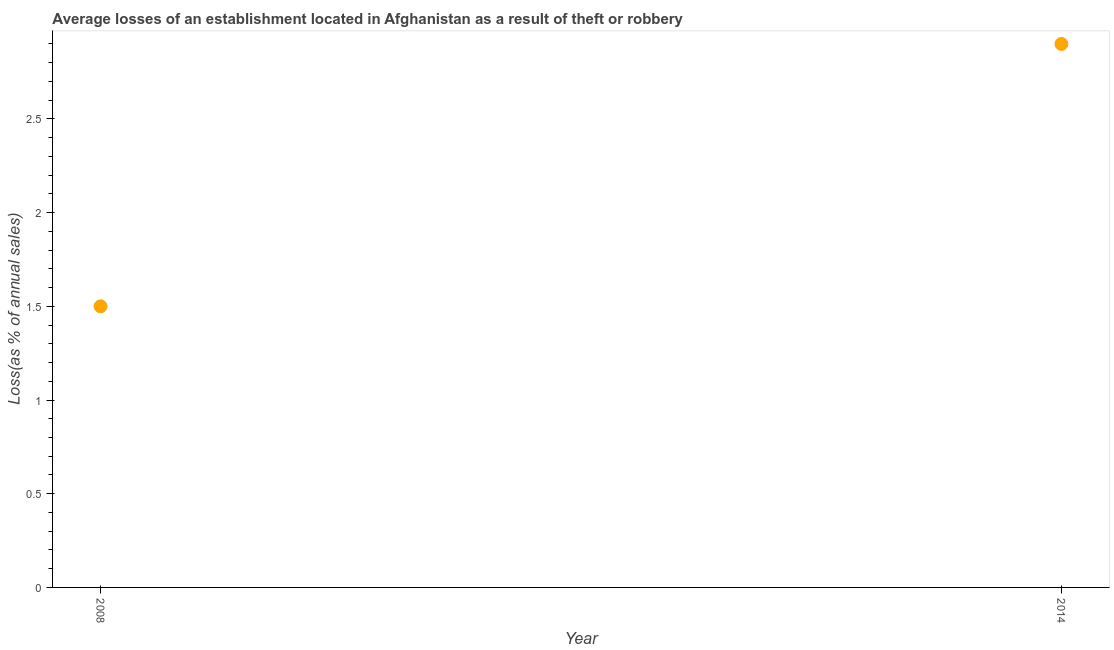
| Year | Losses due to theft |
 | --- | --- |
 | 2008 | 1.5 |
 | 2014 | 2.9 |